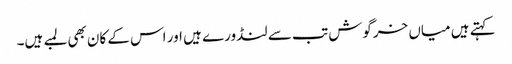
کہتے ہیں میاں خرگوش تب سے لنڈورے ہیں اور اس کے کان بھی لمبے ہیں۔